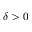
\delta > 0